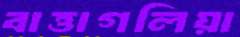
বাত্তাগলিয়া